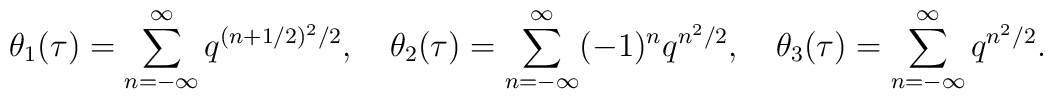
\theta _1 (\tau ) = \sum _{n=-\infty}^{\infty} q^{(n+1/2)^2/2}, \quad\theta _2 (\tau ) = \sum _{n=-\infty}^{\infty} (-1)^n q^{n^2/2},\quad\theta _3 (\tau ) = \sum _{n=-\infty}^{\infty} q^{n^2/2}.